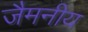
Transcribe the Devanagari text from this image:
जैमनीय